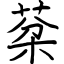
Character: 棻